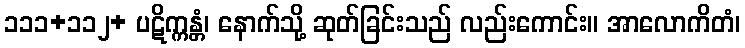
၁၁၁+၁၁၂+ ပဋိက္ကန္တံ၊ နောက်သို့ ဆုတ်ခြင်းသည် လည်းကောင်း။ အာလောကိတံ၊